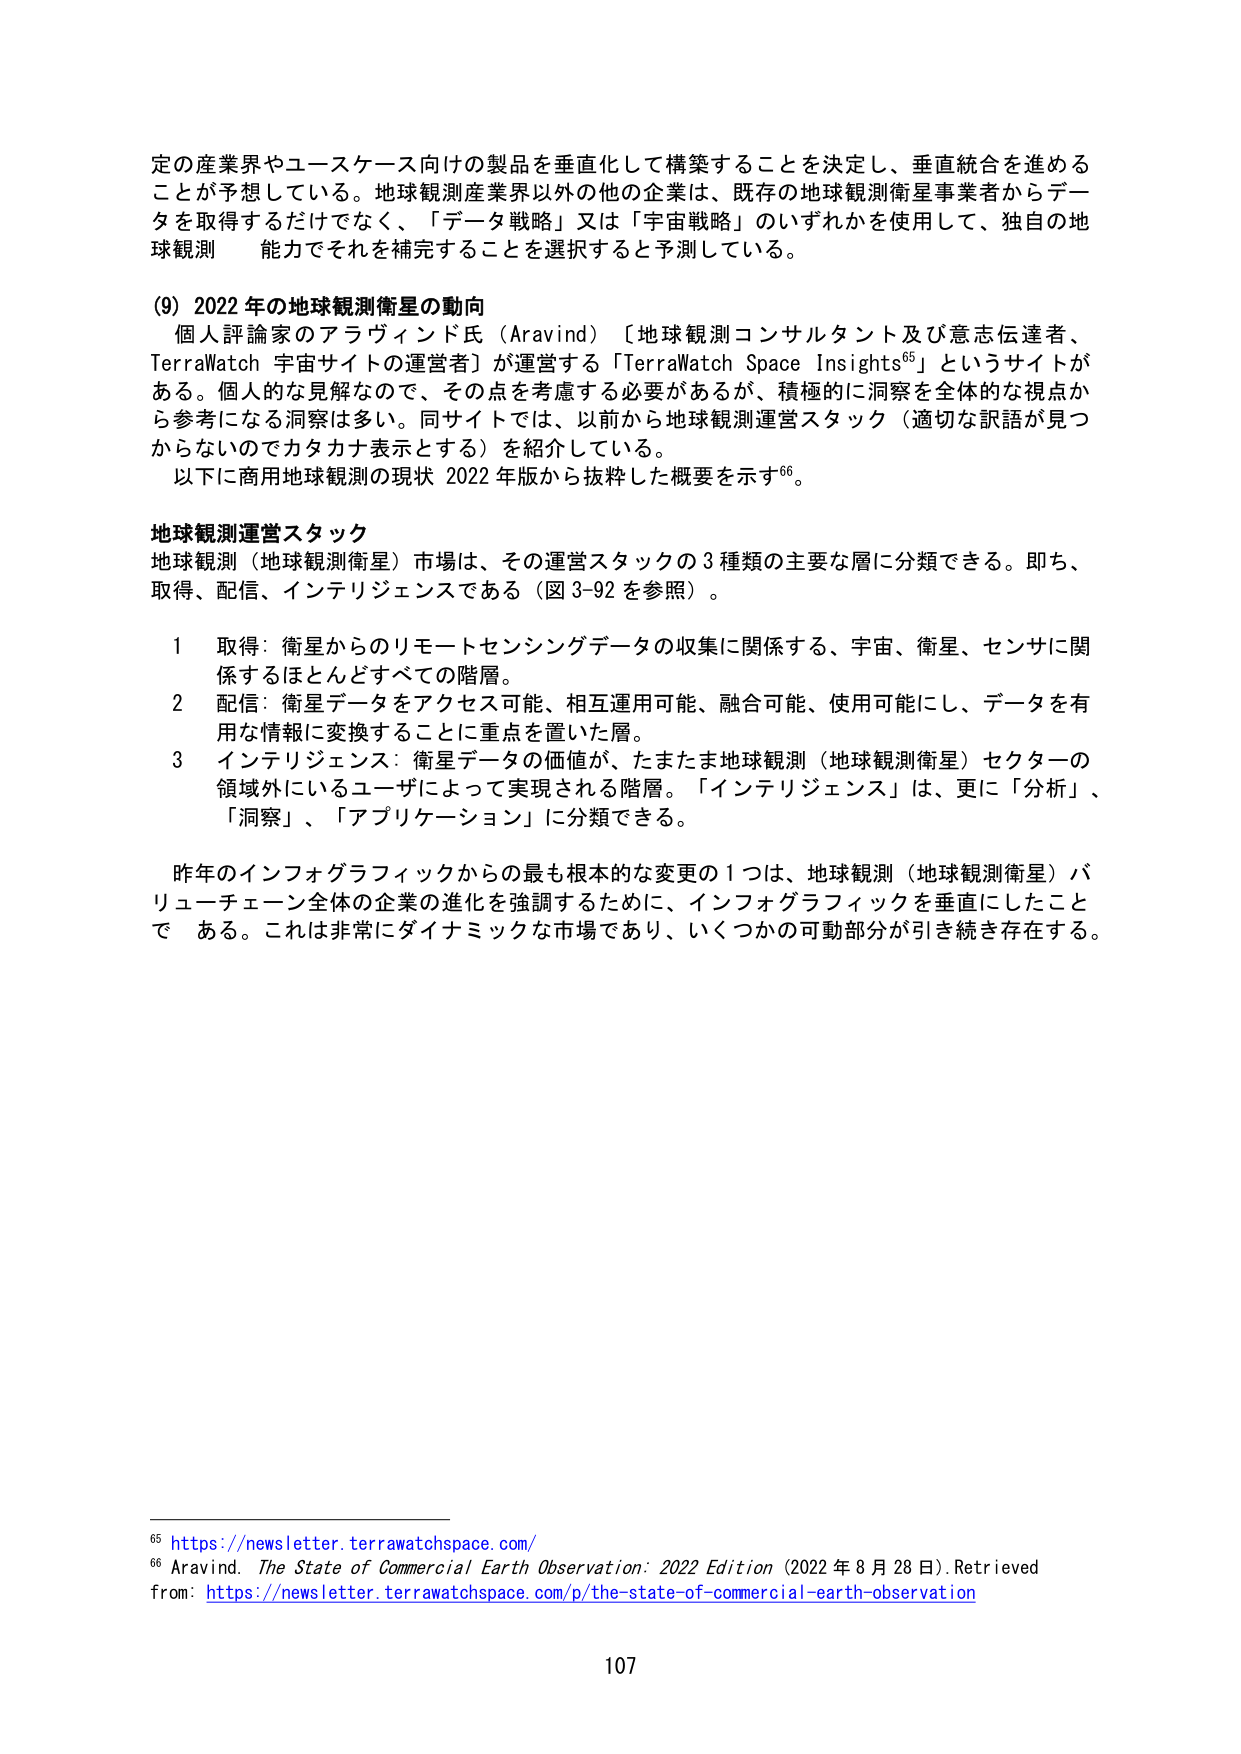
定の産業界やユースケース向けの製品を垂直化して構築することを決定し、垂直統合を進めることが予想している。地球観測産業界以外の企業は、既存の地球観測衛星事業者からデータを取得するだけでなく、「データ戦略」又は「宇宙戦略」のいずれかを使用して、独自の地球観測　能力でそれを補完することを選択すると予測している。

(9) 2022 年の地球観測衛星の動向
個人評論家のアラヴィンド氏（Aravind）〔地球観測コンサルタント及び意志伝達者、TerraWatch 宇宙サイトの運営者〕が運営する「TerraWatch Space Insights⁶⁵」というサイトがある。個人的な見解なので、その点を考慮する必要があるが、積極的に洞察を全体的な視点から参考になる洞察は多い。同サイトでは、以前から地球観測運営スタック（適切な訳語が見つからないのでカタカナ表示とする）を紹介している。
以下に商用地球観測の現状 2022 年版から抜粋した概要を示す⁶⁶。

地球観測運営スタック
地球観測（地球観測衛星）市場は、その運営スタックの 3 種類の主要な層に分類できる。即ち、取得、配信、インテリジェンスである（図 3-92 を参照）。

1　取得：衛星からのリモートセンシングデータの収集に関係する、宇宙、衛星、センサに関係するほとんどすべての階層。
2　配信：衛星データをアクセス可能、相互運用可能、融合可能、使用可能にし、データを有用な情報に変換することに重点を置いた層。
3　インテリジェンス：衛星データの価値が、たまたま地球観測（地球観測衛星）セクターの領域外にいるユーザによって実現される階層。「インテリジェンス」は、更に「分析」、「洞察」、「アプリケーション」に分類できる。

昨年のインフォグラフィックからの最も根本的な変更の 1 つは、地球観測（地球観測衛星）バリューチェーン全体の企業の進化を強調するために、インフォグラフィックを垂直にしたことである。これは非常にダイナミックな市場であり、いくつかの可動部分が引き続き存在する。

⁶⁵ https://newsletter.terrawatchspace.com/
⁶⁶ Aravind. The State of Commercial Earth Observation: 2022 Edition (2022 年 8 月 28 日). Retrieved from: https://newsletter.terrawatchspace.com/p/the-state-of-commercial-earth-observation

107